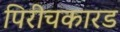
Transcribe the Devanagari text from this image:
पिरीचकारड